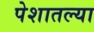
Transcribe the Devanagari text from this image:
पेशातल्या